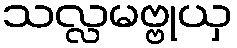
သလ္လမဗ္ဗုယှ